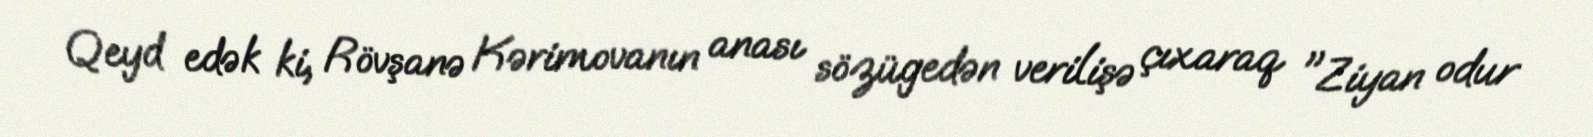
Qeyd edək ki, Rövşanə Kərimovanın anası sözügedən verilişə çıxaraq "Ziyan odur